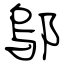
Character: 鄔